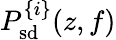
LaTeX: P_{\mathrm{sd}}^{\{ i\} }(z,f)